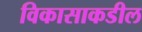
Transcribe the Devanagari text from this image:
विकासाकडील